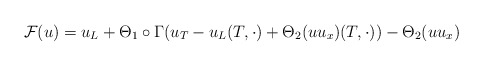
\begin{align*}\mathcal{F}( u ) =u_{L} +\Theta_1 \circ\Gamma( u_{T}-u_{L}( T,\cdot) +\Theta_ 2( uu_{x}) ( T,\cdot) ) - \Theta_2( uu_{x}) \end{align*}